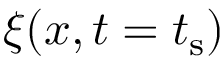
\xi ( x , t = t _ { \mathrm { s } } )